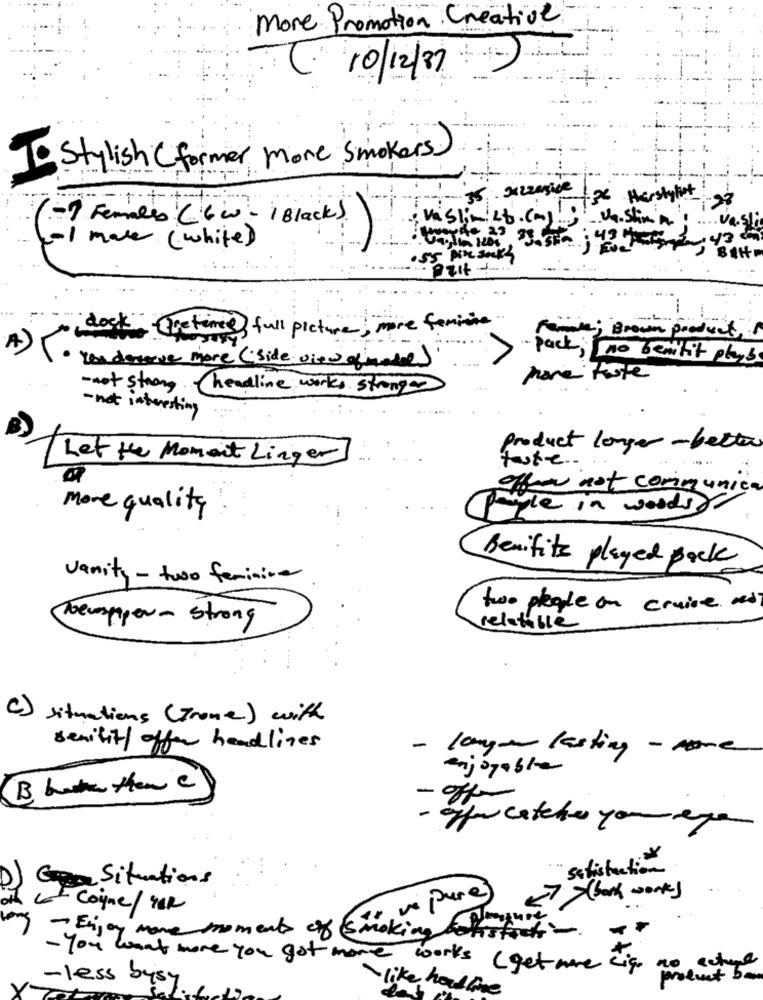
More Promotion Creative
C 10/12/37
To Stylish (former more smokers.
35. XXzzaSice
-t.
-36 Harstylet
-? Females ( 6 w - 1Black)
; Vaslimist. (m) !; - Un.shin'a
move ( white )
imes full picture, more feminine ..
dock" Pretimes
Female; Brown product,
A) .
>
· pack, no bentit plays
You deserve more (side view ofimate)
mare fate
-not strong headline works strongas
- not interesting
product longer -better
Let the Moment Linger
toute ..
offen not communica
more quality
payle in woods.
Benifits played Bock
vanity - two feminine
two people on cruise no
Theupper - strong
relatable
c) situations ( Trone ) with
senifit/ offer headlines
- lange lasting - nome
enjoyable
B but then C
" satisfaction
Situations
7 >bank work)
Cogne/ YER
ve pure
- Eijoy more moments of smoking bonsfacts-
- You want more you got more works ( get more ciq.
- less bysy
product bom
- like hotline